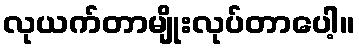
လုယက်တာမျိုးလုပ်တာပေါ့။